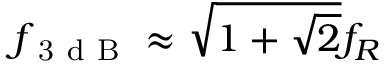
f _ { \mathrm { ~ 3 ~ d ~ B ~ } } \approx \sqrt { 1 + \sqrt { 2 } } f _ { R }